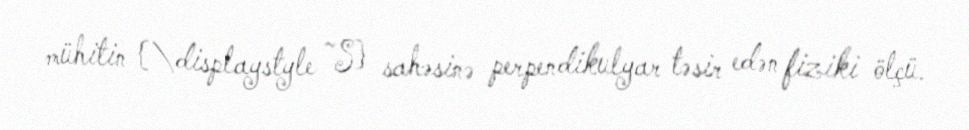
mühitin {\displaystyle ~S} sahəsinə perpendikulyar təsir edən fiziki ölçü.